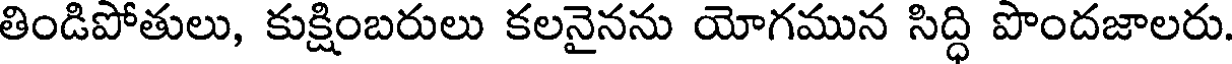
తిండిపోతులు, కుక్షింబరులు కలనైనను యోగమున సిద్ధి పొందజాలరు